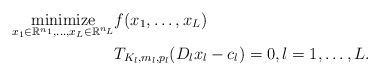
\begin{align*}\underset{x_1\in\mathbb{R}^{n_1},\ldots,x_L\in\mathbb{R}^{n_L}}{\mbox{minimize}} & f(x_1,\ldots,x_L) \\ ~& T_{K_l,m_l,p_l}(D_lx_l-c_l)=0, l=1,\ldots,L. \end{align*}